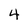
Character: 4